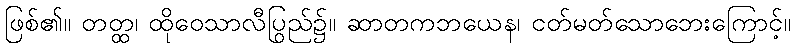
ဖြစ်၏။ တတ္ထ၊ ထိုဝေသာလီပြည်၌။ ဆာတကဘယေန၊ ငတ်မွတ်သောဘေးကြောင့်။